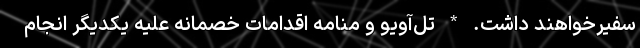
سفیرخواهند داشت. * تل‌آویو و منامه اقدامات خصمانه علیه یکدیگر انجام